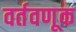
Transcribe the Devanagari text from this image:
वर्तवणूक